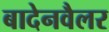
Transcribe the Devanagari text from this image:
बादेनवैलर